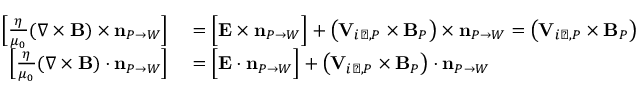
\begin{array} { r l } { { \Big [ } \frac { \eta } { \mu _ { 0 } } ( \nabla \times { \mathbf B } ) \times \mathbf { n } _ { P \rightarrow W } { \Big ] } } & { { } = { \Big [ } { \mathbf E } \times \mathbf { n } _ { P \rightarrow W } { \Big ] } + \left( { \mathbf V } _ { i \perp , P } \times { \mathbf B } _ { P } \right) \times \mathbf { n } _ { P \rightarrow W } = \left( { \mathbf V } _ { i \perp , P } \times { \mathbf B } _ { P } \right) \times \mathbf { n } _ { P \rightarrow W } } \\ { { \Big [ } \frac { \eta } { \mu _ { 0 } } ( \nabla \times { \mathbf B } ) \cdot \mathbf { n } _ { P \rightarrow W } { \Big ] } } & { { } = { \Big [ } { \mathbf E } \cdot \mathbf { n } _ { P \rightarrow W } { \Big ] } + \left( { \mathbf V } _ { i \perp , P } \times { \mathbf B } _ { P } \right) \cdot \mathbf { n } _ { P \rightarrow W } } \end{array}